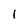
Character: I